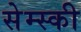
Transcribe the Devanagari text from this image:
सेम्स्की